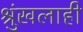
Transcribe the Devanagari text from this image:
श्रुंखलाही